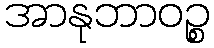
အာနုဘာဝဉ္စ